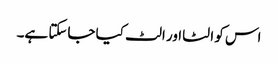
اس کو الٹا اور الٹ کیا جاسکتا ہے۔